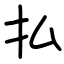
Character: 払